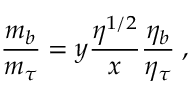
{ \frac { m _ { b } } { m _ { \tau } } } = y { \frac { \eta ^ { 1 / 2 } } { x } } { \frac { \eta _ { b } } { \eta _ { \tau } } } \; ,